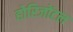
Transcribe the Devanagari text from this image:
होरिजोंटल